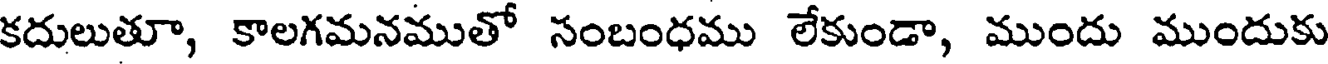
కదులుతూ, కాలగమనముతో సంబంధము లేకుండా, ముందు ముందుకు